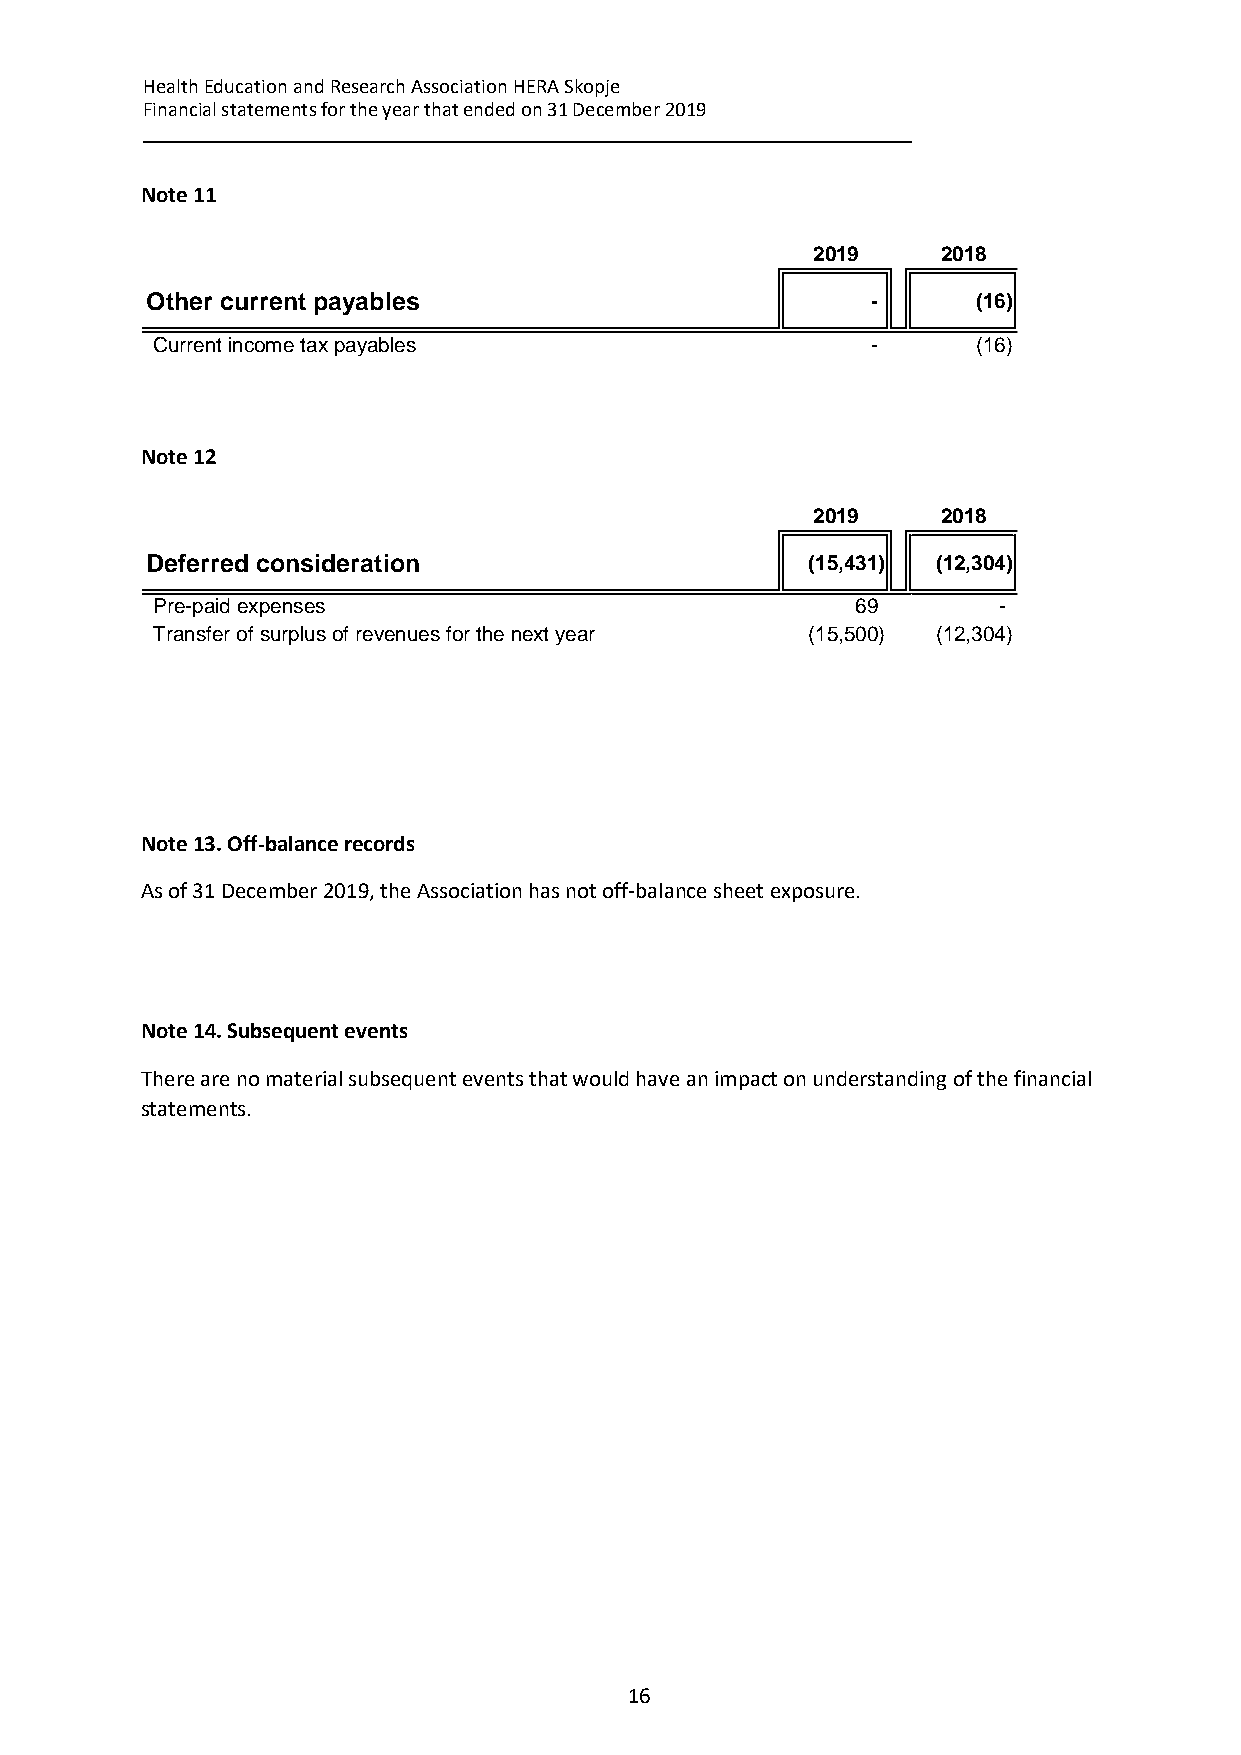
Health Education and Research Association HERA Skopje
 Financial statements for the year that ended on 31 December 2019
 __________________________________________________________________________
 Note 11
 2019    2018
 Other current payables                          -      (16)
 Current income tax payables                     -      (16)
 Note 12
 Note 13. Off-balance records
 As of 31 December 2019, the Association has not off-balance sheet exposure.
 Note 14. Subsequent events
 There are no material subsequent events that would have an impact on understanding of the financial
 statements.
 16
 D
 P
 T
 e f e r r e
 r e - p a id
 r a n s fe r
 d
 e
 o
 c
 x p
 f s
 o
 e
 u
 n
 n s
 r p
 s
 e
 lu
 i d e
 s
 s o
 r a
 f r e
 t
 v
 i o
 e n
 n
 u e s fo r th e n e x t y e a r
 2 0 1 9
 ( 1 5 ,4 3
 6
 ( 1 5 ,5 0
 1
 9
 0
 )
 )
 2 0 1 8
 ( 1 2 ,3 0 4
 -
 ( 1 2 ,3 0 4
 )
 )